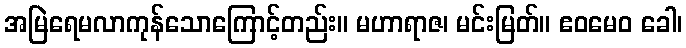
အမြဲရေမလာကုန်သောကြောင့်တည်း။ မဟာရာဇ၊ မင်းမြတ်။ ဧဝမေဝ ခေါ၊